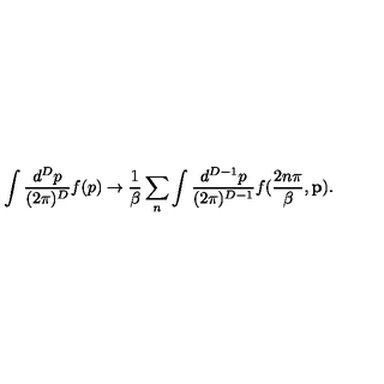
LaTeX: \int \frac { d ^ { D } p } { ( 2 \pi ) ^ { D } } f ( p ) \rightarrow \frac { 1 } { \beta } \sum _ { n } \int \frac { d ^ { D - 1 } p } { ( 2 \pi ) ^ { D - 1 } } f ( \frac { 2 n \pi } { \beta } , { \bf p } ) .